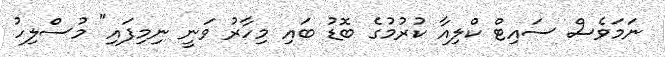
ނަމަވެސް ސައިޓް ކްލިއާ ކުރުމުގެ ބޮޑު ބައި މިހާރު ވަނީ ނިމިފައި" މުސްލިހު